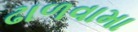
ઢાળવામા